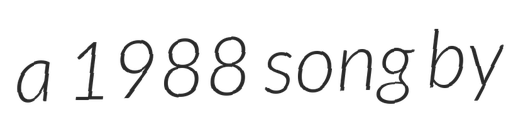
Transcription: a 1988 song by